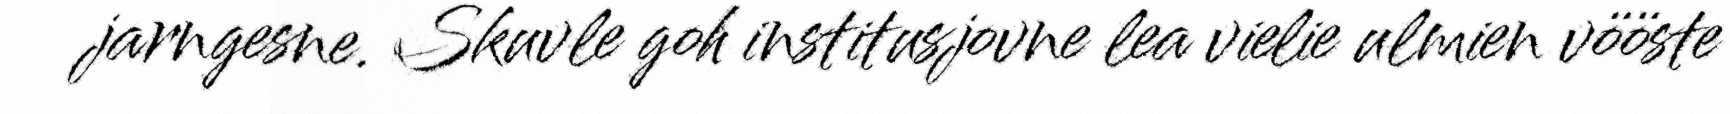
jarngesne. Skuvle goh institusjovne lea vielie ulmien vööste